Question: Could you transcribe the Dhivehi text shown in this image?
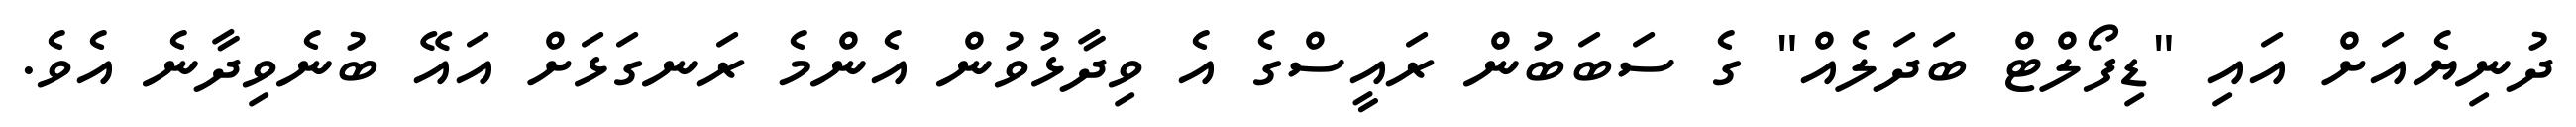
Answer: ދުނިޔެއަށް އައި "ޑިފޯލްޓް ބަދަލެއް" ގެ ސަބަބުން ރައީސްގެ އެ ވިދާޅުވުން އެންމެ ރަނގަޅަށް އައޭ ބުނެވިދާނެ އެވެ.